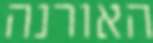
האורנה